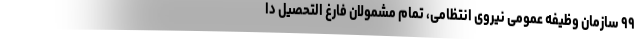
۹۹ سازمان وظیفه عمومی نیروی انتظامی، تمام مشمولان فارغ التحصیل دا